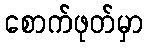
စောက်ဖုတ်မှာ